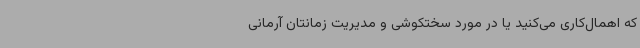
که اهمال‌کاری می‌کنید یا در مورد سختکوشی و مدیریت زمانتان آرمانی